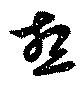
想